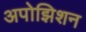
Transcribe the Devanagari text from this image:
अपोझिशन